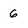
Character: 6